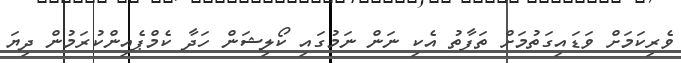
ވެރިކަމަށް ވަޑައިގަތުމަށް ތަފާތު އެކި ނަން ނަމުގައި ކޯލިޝަން ހަދާ ކެމްޕެއިންކުރަމުން ދިޔަ